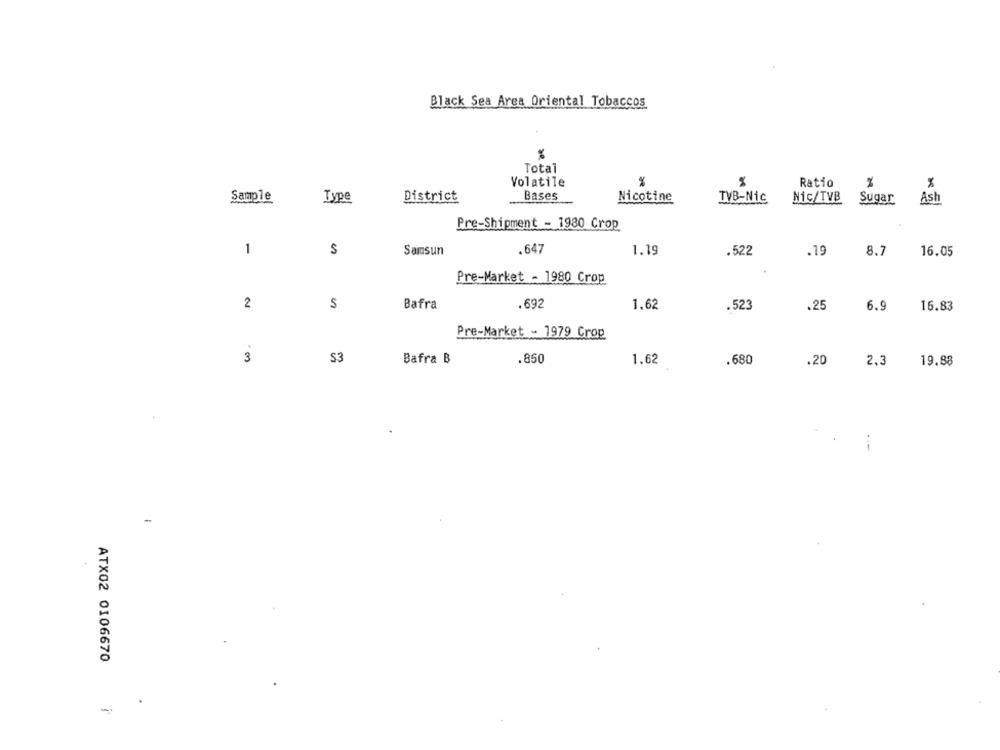
Black Sea Area Oriental Tobaccos
Total
%
Volatile
Ratio
%
X
Bases
Sample
Type
District
Nicotine
TVB-Nic
Nic/TVB Sugar
Ash
Pre-Shipment - 1980 Crop
1
S
Samsun
.647
1.19
.522
.19
8.7
16.05
Pre-Market - 1980 Crop
2
Bafra
.692
1.62
.523
.25
6.9
16.83
Pre-Market - 1979 Crop
3
S3
Bafra B
.850
1.62
.680
.20
2,3
19.88
-
ATX02 0106670
-